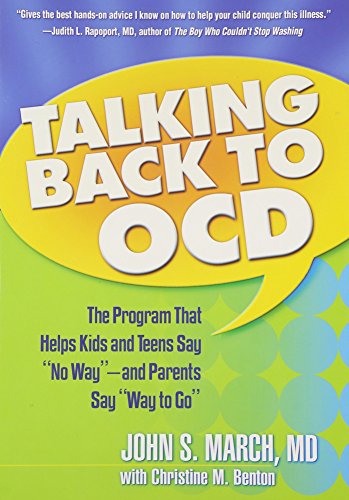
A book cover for Talking Back to OCD: The Program That Helps Kids and Teens Say "No Way" -- and Parents Say "Way to Go"; John S. March MD  MPH; Health, Fitness & Dieting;